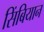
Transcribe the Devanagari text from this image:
सिंबियान